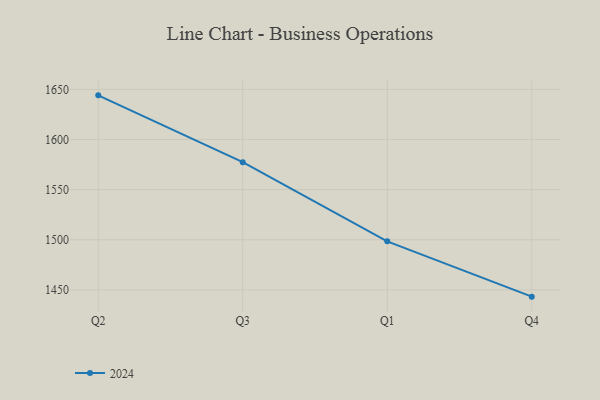
{"axis": {"x": "Quarter", "y": "LTV (USD)"}, "legend": ["2024"], "data": [{"x": "Q2", "y": 1644.1, "type": "2024"}, {"x": "Q3", "y": 1577.4, "type": "2024"}, {"x": "Q1", "y": 1498.4, "type": "2024"}, {"x": "Q4", "y": 1443.2, "type": "2024"}]}